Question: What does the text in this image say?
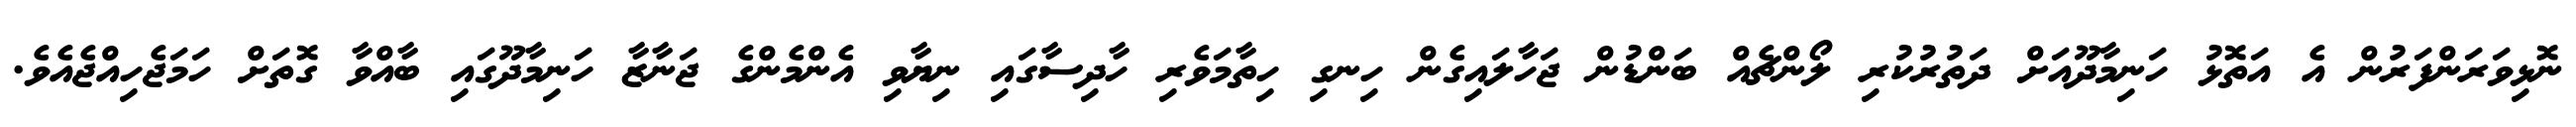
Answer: ނޮޅިވަރަންފަރުން އެ އަތޮޅު ހަނިމާދޫއަށް ދަތުރުކުރި ލޯންޗެއް ބަންޑުން ޖަހާލައިގެން ހިނގި ހިތާމަވެރި ހާދިސާގައި ނިޔާވި އެންމެންގެ ޖަނާޒާ ހަނިމާދޫގައި ބާއްވާ ގޮތަށް ހަމަޖެހިއްޖެއެވެ.